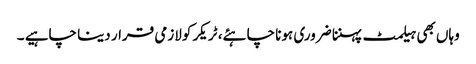
وہاں بھی ہیلمٹ پہننا ضروری ہونا چاہئے، ٹریکر کولازمی قرار دینا چاہیے ۔